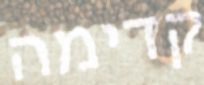
קדימה